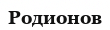
Родионов